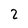
Character: 2